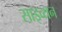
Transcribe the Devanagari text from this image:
साइव्यन